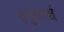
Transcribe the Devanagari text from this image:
हनुमांर्श्च